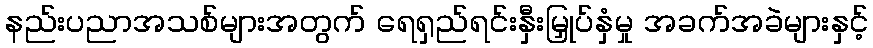
နည်းပညာအသစ်များအတွက် ရေရှည်ရင်းနှီးမြှုပ်နှံမှု အခက်အခဲများနှင့်